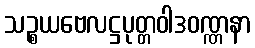
သဉ္စယဗေလဋ္ဌပုတ္တဝါဒဝဏ္ဏနာ